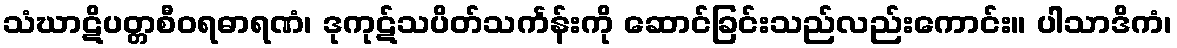
သံဃာဋိပတ္တစီဝရဓာရဏံ၊ ဒုကုဋ်သပိတ်သင်္ကန်းကို ဆောင်ခြင်းသည်လည်းကောင်း။ ပါသာဒိကံ၊